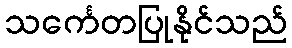
သင်္ကေတပြုနိုင်သည်